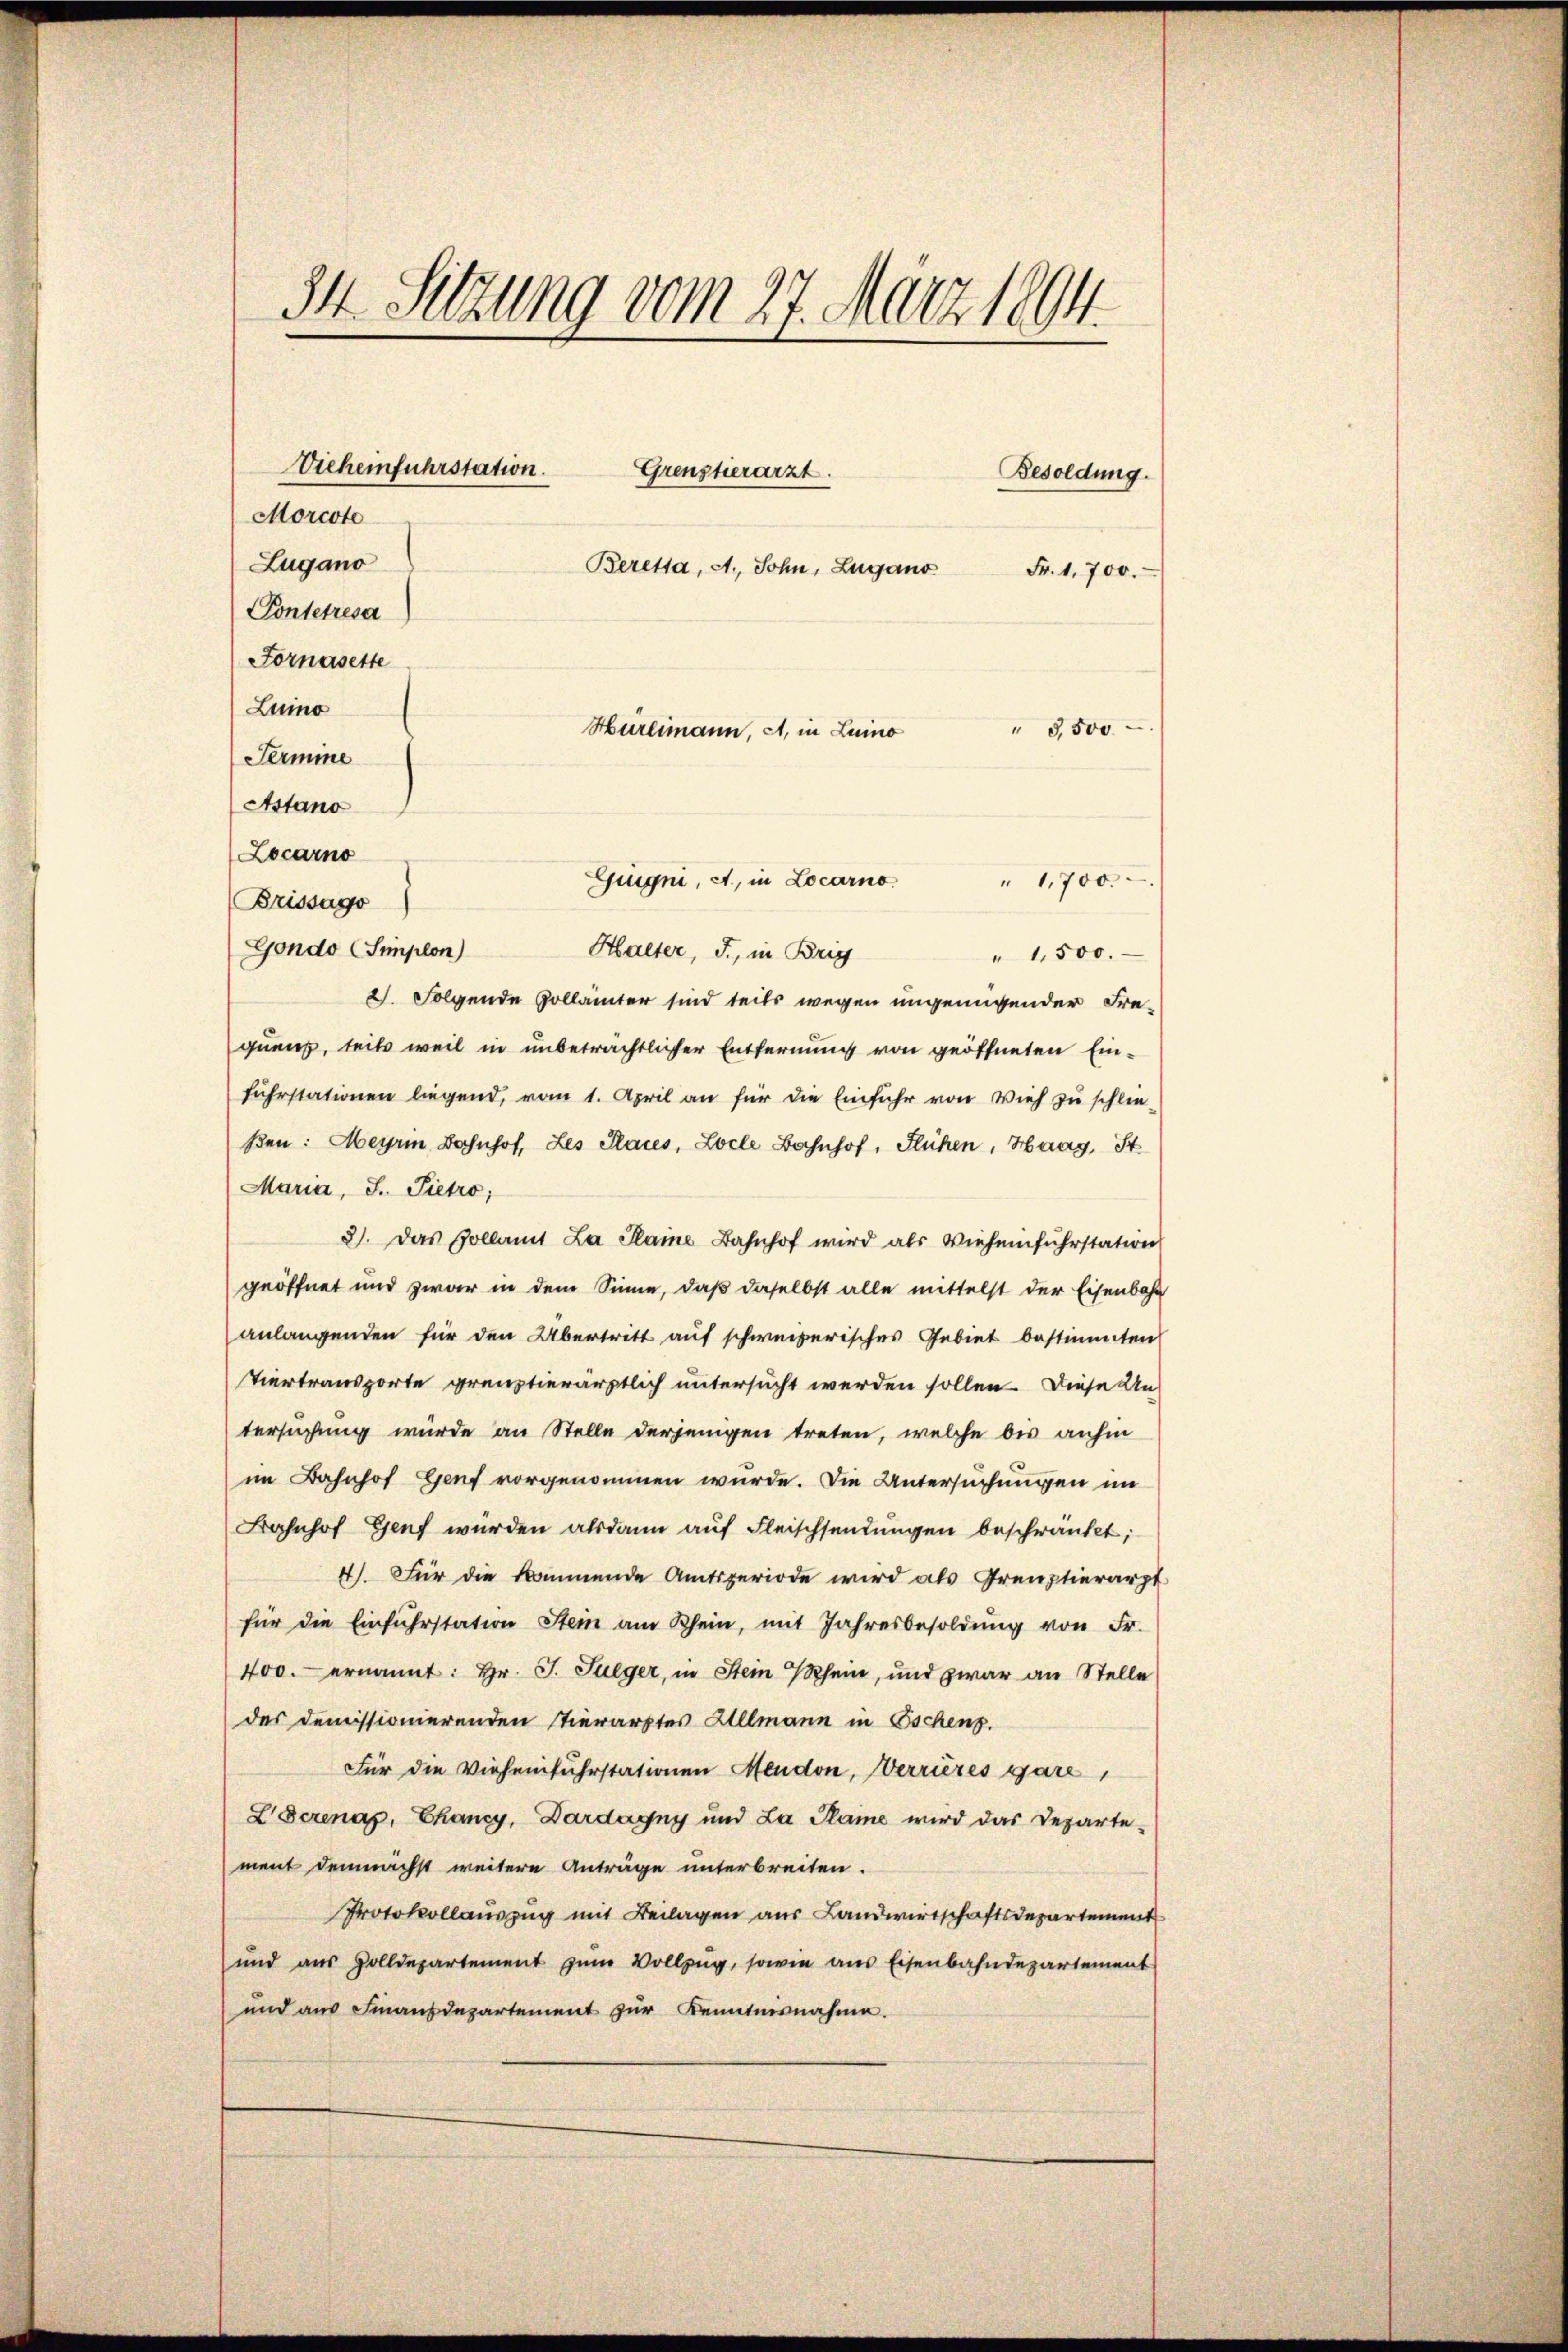
34. Setzung vom 27. März 1894.
Besoldung.
Morcote
Lugano
Beretta, A., Sohn, Lugano
Fr. 1,700.
Pontetresa
Fornasette
Luino
" 3,500
Hürlimann, et, in Luino
Termine
Astano

Locarno
Zeugni, a, in Locarno
" 1,700.
Brissago
Gondo (Simplon)
Halter, J., in Brig
" 1,500.
2. Folgende Zollämter sind teils wegen ungenügender Frequenz, teils weil in unbetrachtlicher Entfernung von geöffneten Einfuhrstationen liegend, vom 1. April an für die Einfuhr von Vieh zu schließen: Meyrin Bahnhof, Les Plaues, Loche Bahnhof, Flühen, Haag, St.
Maria, J. Pietro
3). Das Pollamt La Plaine Bahnhof wird als Vieheinfuhrstation
geöffnet und zwar in dem Sinne, daß daselbst alle mittelst der Eisenbahn
anlangenden für den Übertritt auf schweizerisches Gebiet bestimmten
Viertransporte grenztierärztlich untersucht werden sollen. Diese Antersuchung wurde an Stelle derjenigen treten, welche bis anhin
im Bahnhof Genf vorgenommen wurde. Die Untersuchungen im
Bahnhof Genf wurden alsdann auf Fleischsendungen beschränkt;
4). Für die kommende Amtsperiode wird als Preuptierarzt
für die Einführstation Stein am Rhein, mit Jahresbesoldŭng von Fr.
400. ernannt: Hr. J. Fulger, in Stein Rhein, und zwar an Stelle
des demissionierenden Tierarztes Allmann in Eschen.
Für die Vieheinfuhrstationen Mendon, errures gare,
L Serenap, Chancy, Dardagny und La Plaine wird das Departement demnächst weitere Anträge unterbreiten.
Protokollauszug mit Beilagen aus Landwirtschaftsdepartement
und aus Zolldepartement zŭm Vollzug, sowie aus Eisenbahndepartement
und aus Finanzdepartement zur Kenntnisnahme.

Vieheinfuhrstation. Grenztierarzt.